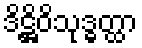
ဒိဋ္ဌိဝိသုဒ္ဓတ္ထာ